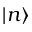
| n \rangle